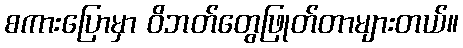
စကားပြောမှာ ဝိဘတ်တွေဖြုတ်တာများတယ်။